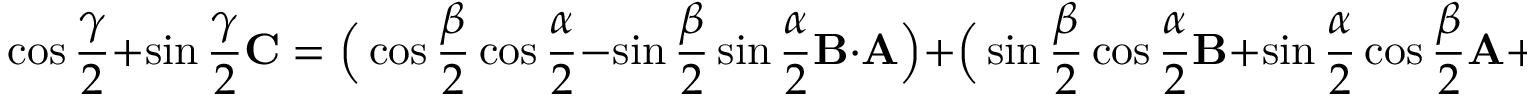
\cos { \frac { \gamma } { 2 } } + \sin { \frac { \gamma } { 2 } } \mathbf { C } = { \Big ( } \cos { \frac { \beta } { 2 } } \cos { \frac { \alpha } { 2 } } - \sin { \frac { \beta } { 2 } } \sin { \frac { \alpha } { 2 } } \mathbf { B } \cdot \mathbf { A } { \Big ) } + { \Big ( } \sin { \frac { \beta } { 2 } } \cos { \frac { \alpha } { 2 } } \mathbf { B } + \sin { \frac { \alpha } { 2 } } \cos { \frac { \beta } { 2 } } \mathbf { A } + \sin { \frac { \beta } { 2 } } \sin { \frac { \alpha } { 2 } } \mathbf { B } \times \mathbf { A } { \Big ) } .